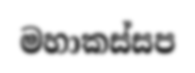
මහාකස්සප